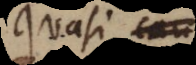
quasi cau